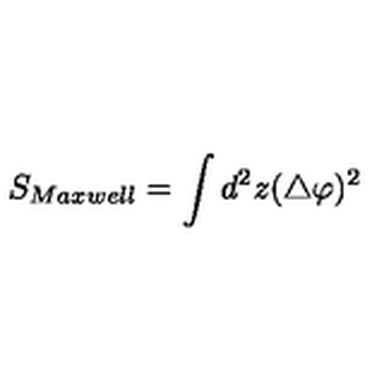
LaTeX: S _ { M a x w e l l } = \int d ^ { 2 } z ( \bigtriangleup \varphi ) ^ { 2 }